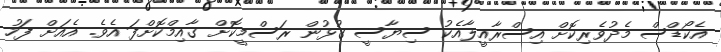
އެކޯޑްސް މެދުވެރިކޮށް އިސްރާއީލާއެކު ސިޔާސީ ގުޅުން ރަސްމީކޮށް ގާއިމްކޮށްފަ އެވެ. އެއަށް ފަހު